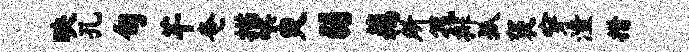
映孔旬芊奄描哄臾弱藕所筏排孤褒穿潼措